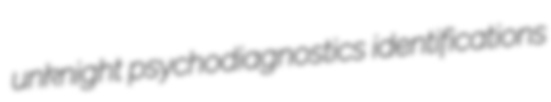
unknight psychodiagnostics identifications